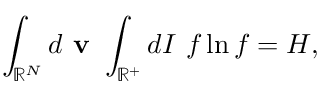
\int _ { \mathbb { R } ^ { N } } d \textbf { v } \int _ { \mathbb { R } ^ { + } } d I \ f \ln f = H ,